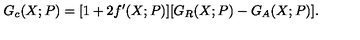
G _ { c } ( X ; P ) = [ 1 + 2 f ^ { \prime } ( X ; P ) ] [ G _ { R } ( X ; P ) - G _ { A } ( X ; P ) ] .